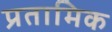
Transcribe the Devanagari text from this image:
प्रतामिक